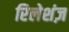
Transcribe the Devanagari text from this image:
रिलेशंज़